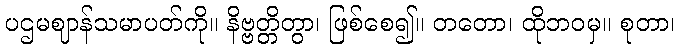
ပဌမဈာန်သမာပတ်ကို။ နိဗ္ဗတ္တိတွာ၊ ဖြစ်စေ၍။ တတော၊ ထိုဘဝမှ။ စုတာ၊